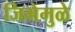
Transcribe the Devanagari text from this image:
जिभेमुळे